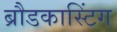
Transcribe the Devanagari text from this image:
ब्रौडकास्टिंग